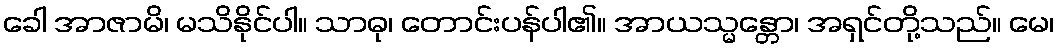
ခေါ အာဇာမိ၊ မသိနိုင်ပါ။ သာဓု၊ တောင်းပန်ပါ၏။ အာယသ္မန္တော၊ အရှင်တို့သည်။ မေ၊